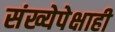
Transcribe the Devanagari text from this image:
संख्येपेक्षाही